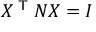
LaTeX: X ^ { \textsf { T } } N X = I